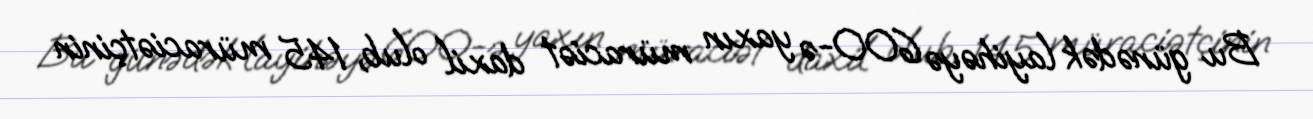
Bu günədək layihəyə 600-ə yaxın müraciət daxil olub, 145 müraciətçinin